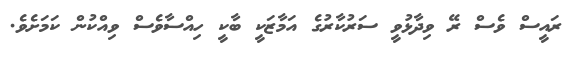
ރައީސް ވެސް ރޭ ވިދާޅުވީ ސަރުކާރުގެ އަމާޒަކީ ބާކީ ހިއްސާވެސް ވިއްކުން ކަމަށެވެ.